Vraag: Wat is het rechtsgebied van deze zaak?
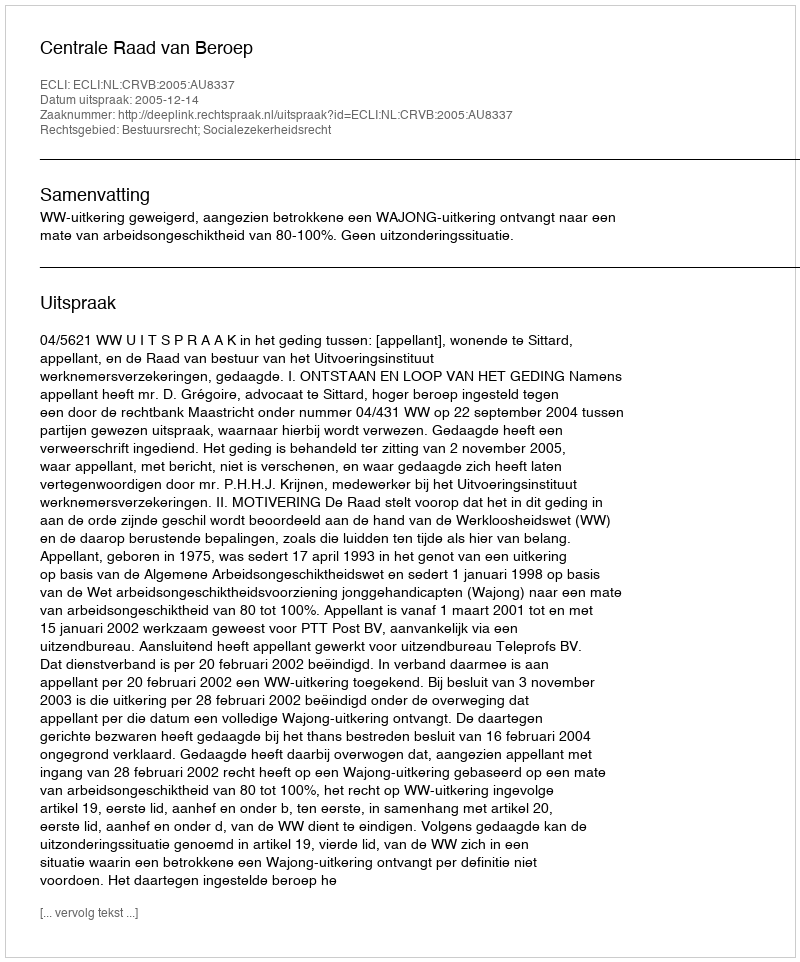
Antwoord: Bestuursrecht; Socialezekerheidsrecht